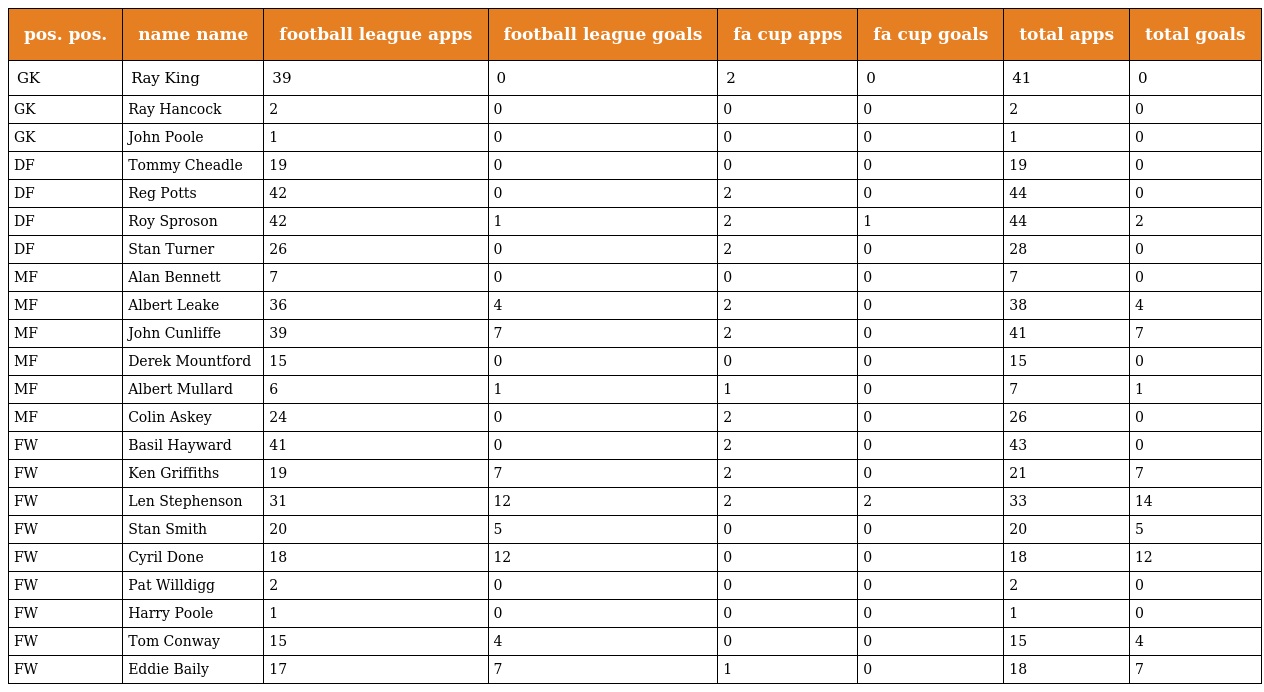
| pos. pos. | name name | football league apps | football league goals | fa cup apps | fa cup goals | total apps | total goals |
 | --- | --- | --- | --- | --- | --- | --- | --- |
 | GK | Ray King | 39 | 0 | 2 | 0 | 41 | 0 |
 | GK | Ray Hancock | 2 | 0 | 0 | 0 | 2 | 0 |
 | GK | John Poole | 1 | 0 | 0 | 0 | 1 | 0 |
 | DF | Tommy Cheadle | 19 | 0 | 0 | 0 | 19 | 0 |
 | DF | Reg Potts | 42 | 0 | 2 | 0 | 44 | 0 |
 | DF | Roy Sproson | 42 | 1 | 2 | 1 | 44 | 2 |
 | DF | Stan Turner | 26 | 0 | 2 | 0 | 28 | 0 |
 | MF | Alan Bennett | 7 | 0 | 0 | 0 | 7 | 0 |
 | MF | Albert Leake | 36 | 4 | 2 | 0 | 38 | 4 |
 | MF | John Cunliffe | 39 | 7 | 2 | 0 | 41 | 7 |
 | MF | Derek Mountford | 15 | 0 | 0 | 0 | 15 | 0 |
 | MF | Albert Mullard | 6 | 1 | 1 | 0 | 7 | 1 |
 | MF | Colin Askey | 24 | 0 | 2 | 0 | 26 | 0 |
 | FW | Basil Hayward | 41 | 0 | 2 | 0 | 43 | 0 |
 | FW | Ken Griffiths | 19 | 7 | 2 | 0 | 21 | 7 |
 | FW | Len Stephenson | 31 | 12 | 2 | 2 | 33 | 14 |
 | FW | Stan Smith | 20 | 5 | 0 | 0 | 20 | 5 |
 | FW | Cyril Done | 18 | 12 | 0 | 0 | 18 | 12 |
 | FW | Pat Willdigg | 2 | 0 | 0 | 0 | 2 | 0 |
 | FW | Harry Poole | 1 | 0 | 0 | 0 | 1 | 0 |
 | FW | Tom Conway | 15 | 4 | 0 | 0 | 15 | 4 |
 | FW | Eddie Baily | 17 | 7 | 1 | 0 | 18 | 7 |